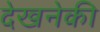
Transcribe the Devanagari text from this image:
देखनेकी